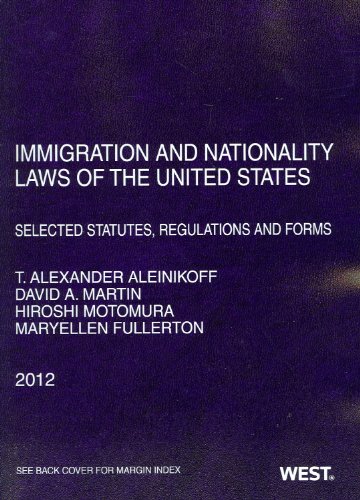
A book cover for Immigration and Nationality Laws of the United States: Selected Statutes, Regulations and Forms, 2012; Thomas Aleinikoff; Law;